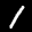
Label: 1